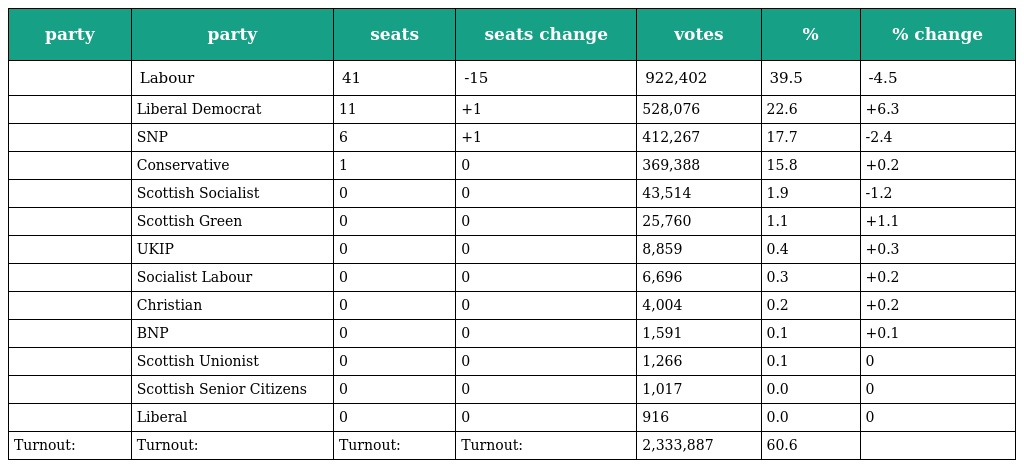
| party | party | seats | seats change | votes | % | % change |
 | --- | --- | --- | --- | --- | --- | --- |
 |  | Labour | 41 | -15 | 922,402 | 39.5 | -4.5 |
 |  | Liberal Democrat | 11 | +1 | 528,076 | 22.6 | +6.3 |
 |  | SNP | 6 | +1 | 412,267 | 17.7 | -2.4 |
 |  | Conservative | 1 | 0 | 369,388 | 15.8 | +0.2 |
 |  | Scottish Socialist | 0 | 0 | 43,514 | 1.9 | -1.2 |
 |  | Scottish Green | 0 | 0 | 25,760 | 1.1 | +1.1 |
 |  | UKIP | 0 | 0 | 8,859 | 0.4 | +0.3 |
 |  | Socialist Labour | 0 | 0 | 6,696 | 0.3 | +0.2 |
 |  | Christian | 0 | 0 | 4,004 | 0.2 | +0.2 |
 |  | BNP | 0 | 0 | 1,591 | 0.1 | +0.1 |
 |  | Scottish Unionist | 0 | 0 | 1,266 | 0.1 | 0 |
 |  | Scottish Senior Citizens | 0 | 0 | 1,017 | 0.0 | 0 |
 |  | Liberal | 0 | 0 | 916 | 0.0 | 0 |
 | Turnout: | Turnout: | Turnout: | Turnout: | 2,333,887 | 60.6 |  |